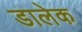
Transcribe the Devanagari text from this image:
डालेक